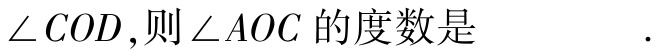
$\angle COD,则\angle AOC的度数是\underline{}$.